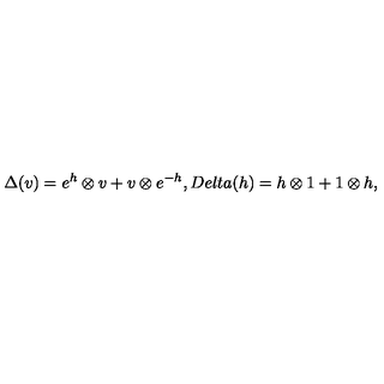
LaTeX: \Delta ( v ) = e ^ { h } \otimes v + v \otimes e ^ { - h } , D e l t a ( h ) = h \otimes 1 + 1 \otimes h ,